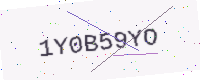
Text: 1Y0B59YO